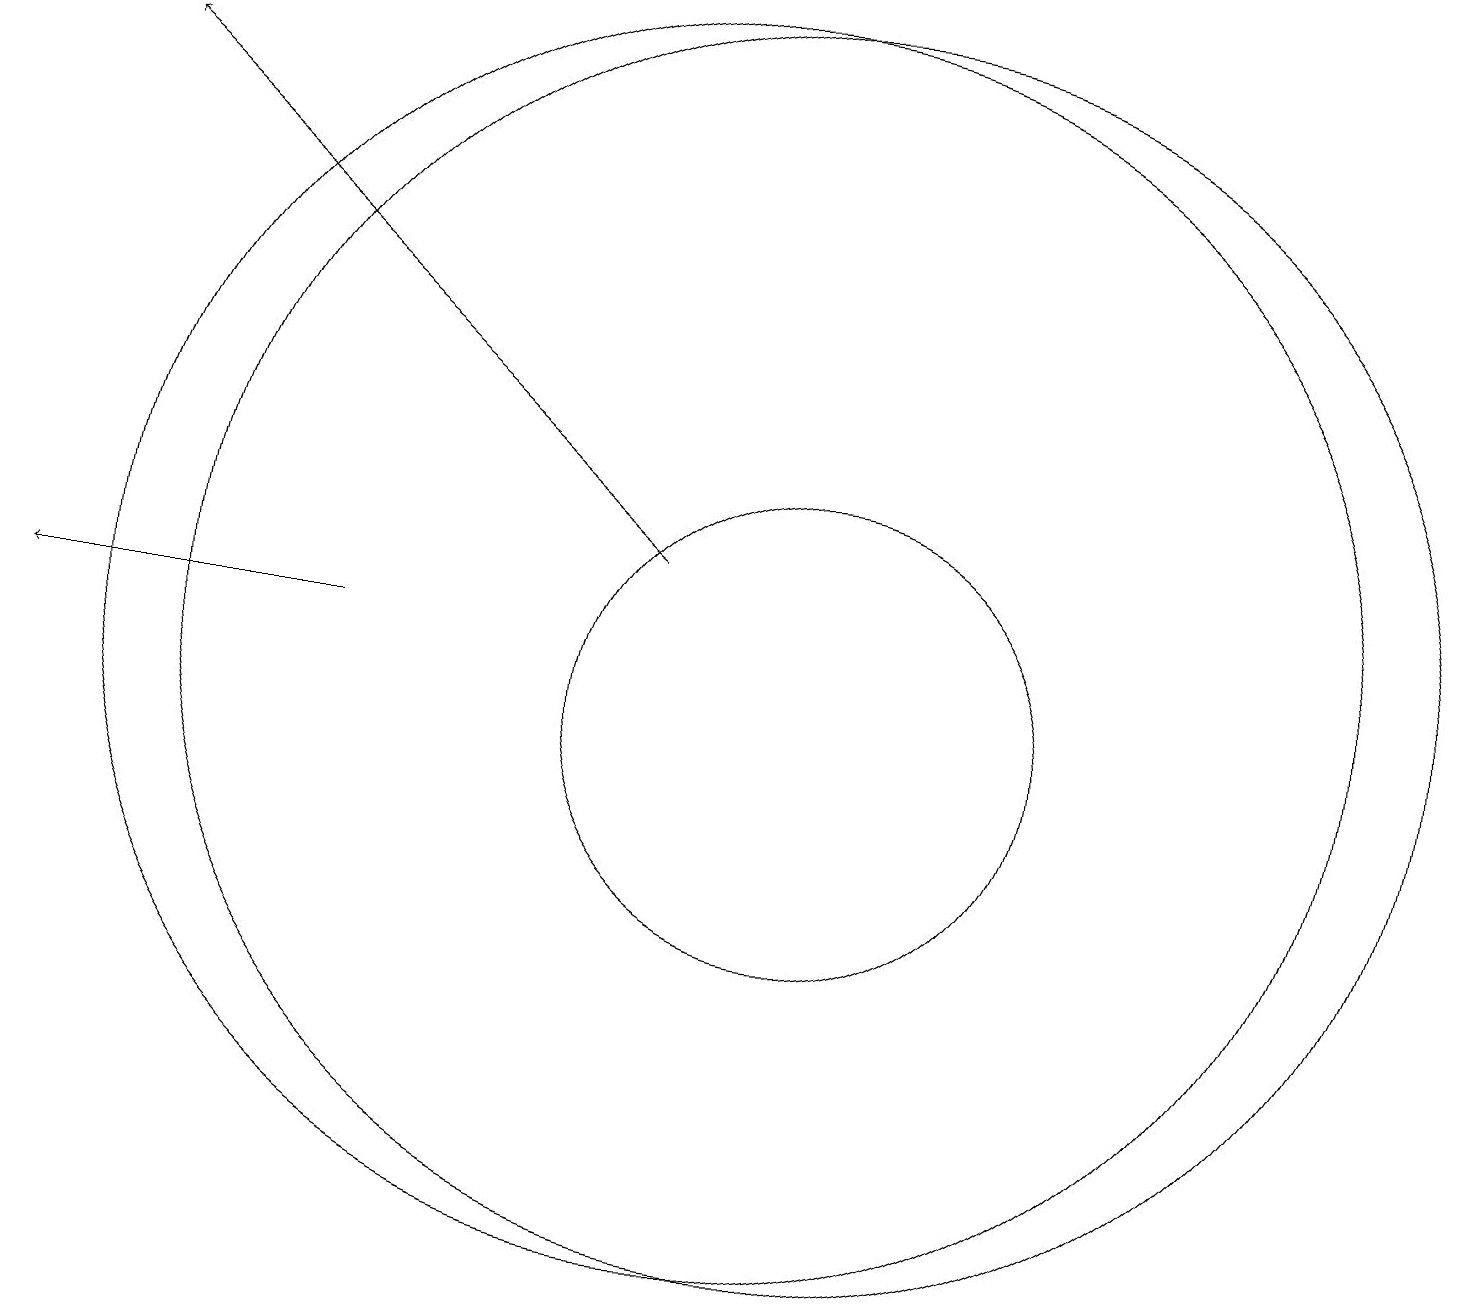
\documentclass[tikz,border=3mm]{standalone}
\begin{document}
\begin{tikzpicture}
\draw[->] (5,11) -- (1,11);
\draw (11,11) circle (8);
\draw[->] (9,12) -- (2,18);
\draw (11,10) circle (3);
\draw (10,11) circle (8);
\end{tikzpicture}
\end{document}